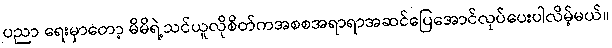
ပညာ ရေးမှာတော့ မိမိရဲ့သင်ယူလိုစိတ်ကအစစအရာရာအဆင်ပြေအောင်လုပ်ပေးပါလိမ့်မယ်။